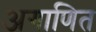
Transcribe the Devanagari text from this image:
अगाणित